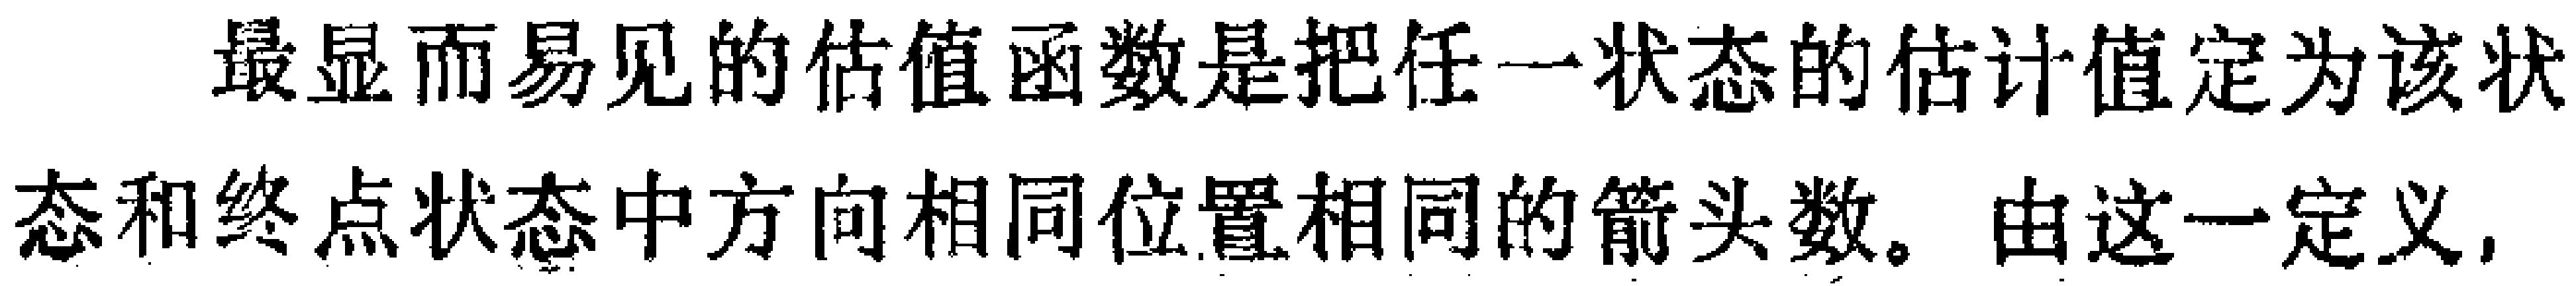
最显而易见的估值函数是把任一状态的估计值定为该状态和终点状态中方向相同位置相同的箭头数。由这一定义，